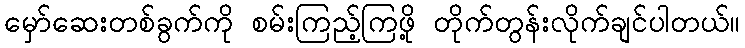
မှော်ဆေးတစ်ခွက်ကို စမ်းကြည့်ကြဖို့ တိုက်တွန်းလိုက်ချင်ပါတယ်။